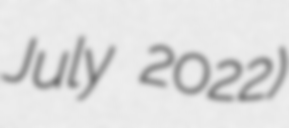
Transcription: July 2022)